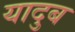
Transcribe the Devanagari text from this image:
यादुब